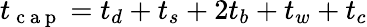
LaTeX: t_{\mathrm{~c~a~p~}}=t_{d}+t_{s}+2t_{b}+t_{w}+t_{c}